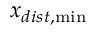
x _ { d i s t , \operatorname* { m i n } }